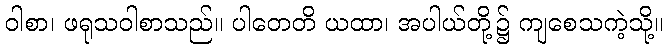
ဝါစာ၊ ဖရုသဝါစာသည်။ ပါတေတိ ယထာ၊ အပါယ်တို့၌ ကျစေသကဲ့သို့။